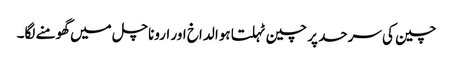
چین کی سرحد پر چین ٹہلتا ہوا لداخ اور اروناچل میں گھومنے لگا۔